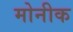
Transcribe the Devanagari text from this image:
मोनीक